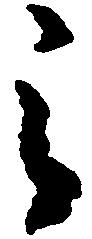
之